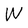
Character: W